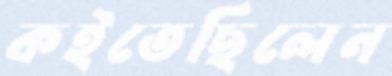
কইতেছিলেন